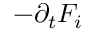
- \partial _ { t } F _ { i }